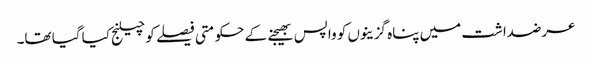
عرضداشت میں پناہ گزینوں کو واپس بھیجنے کے حکومتی فیصلے کو چیلنج کیا گیا تھا۔